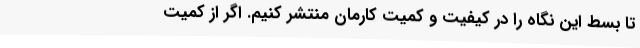
تا بسط این نگاه را در کیفیت و کمیت کارمان منتشر کنیم. اگر از کمیت